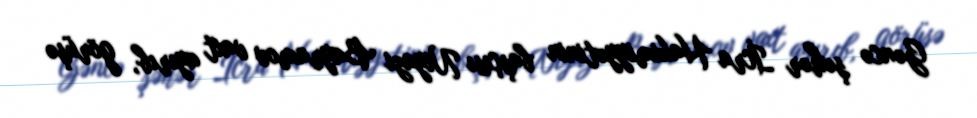
Gəncə şəhər İcra Hakimiyyətinin başçısı Niyazi Bayramov vaxt ayırıb, görüşə